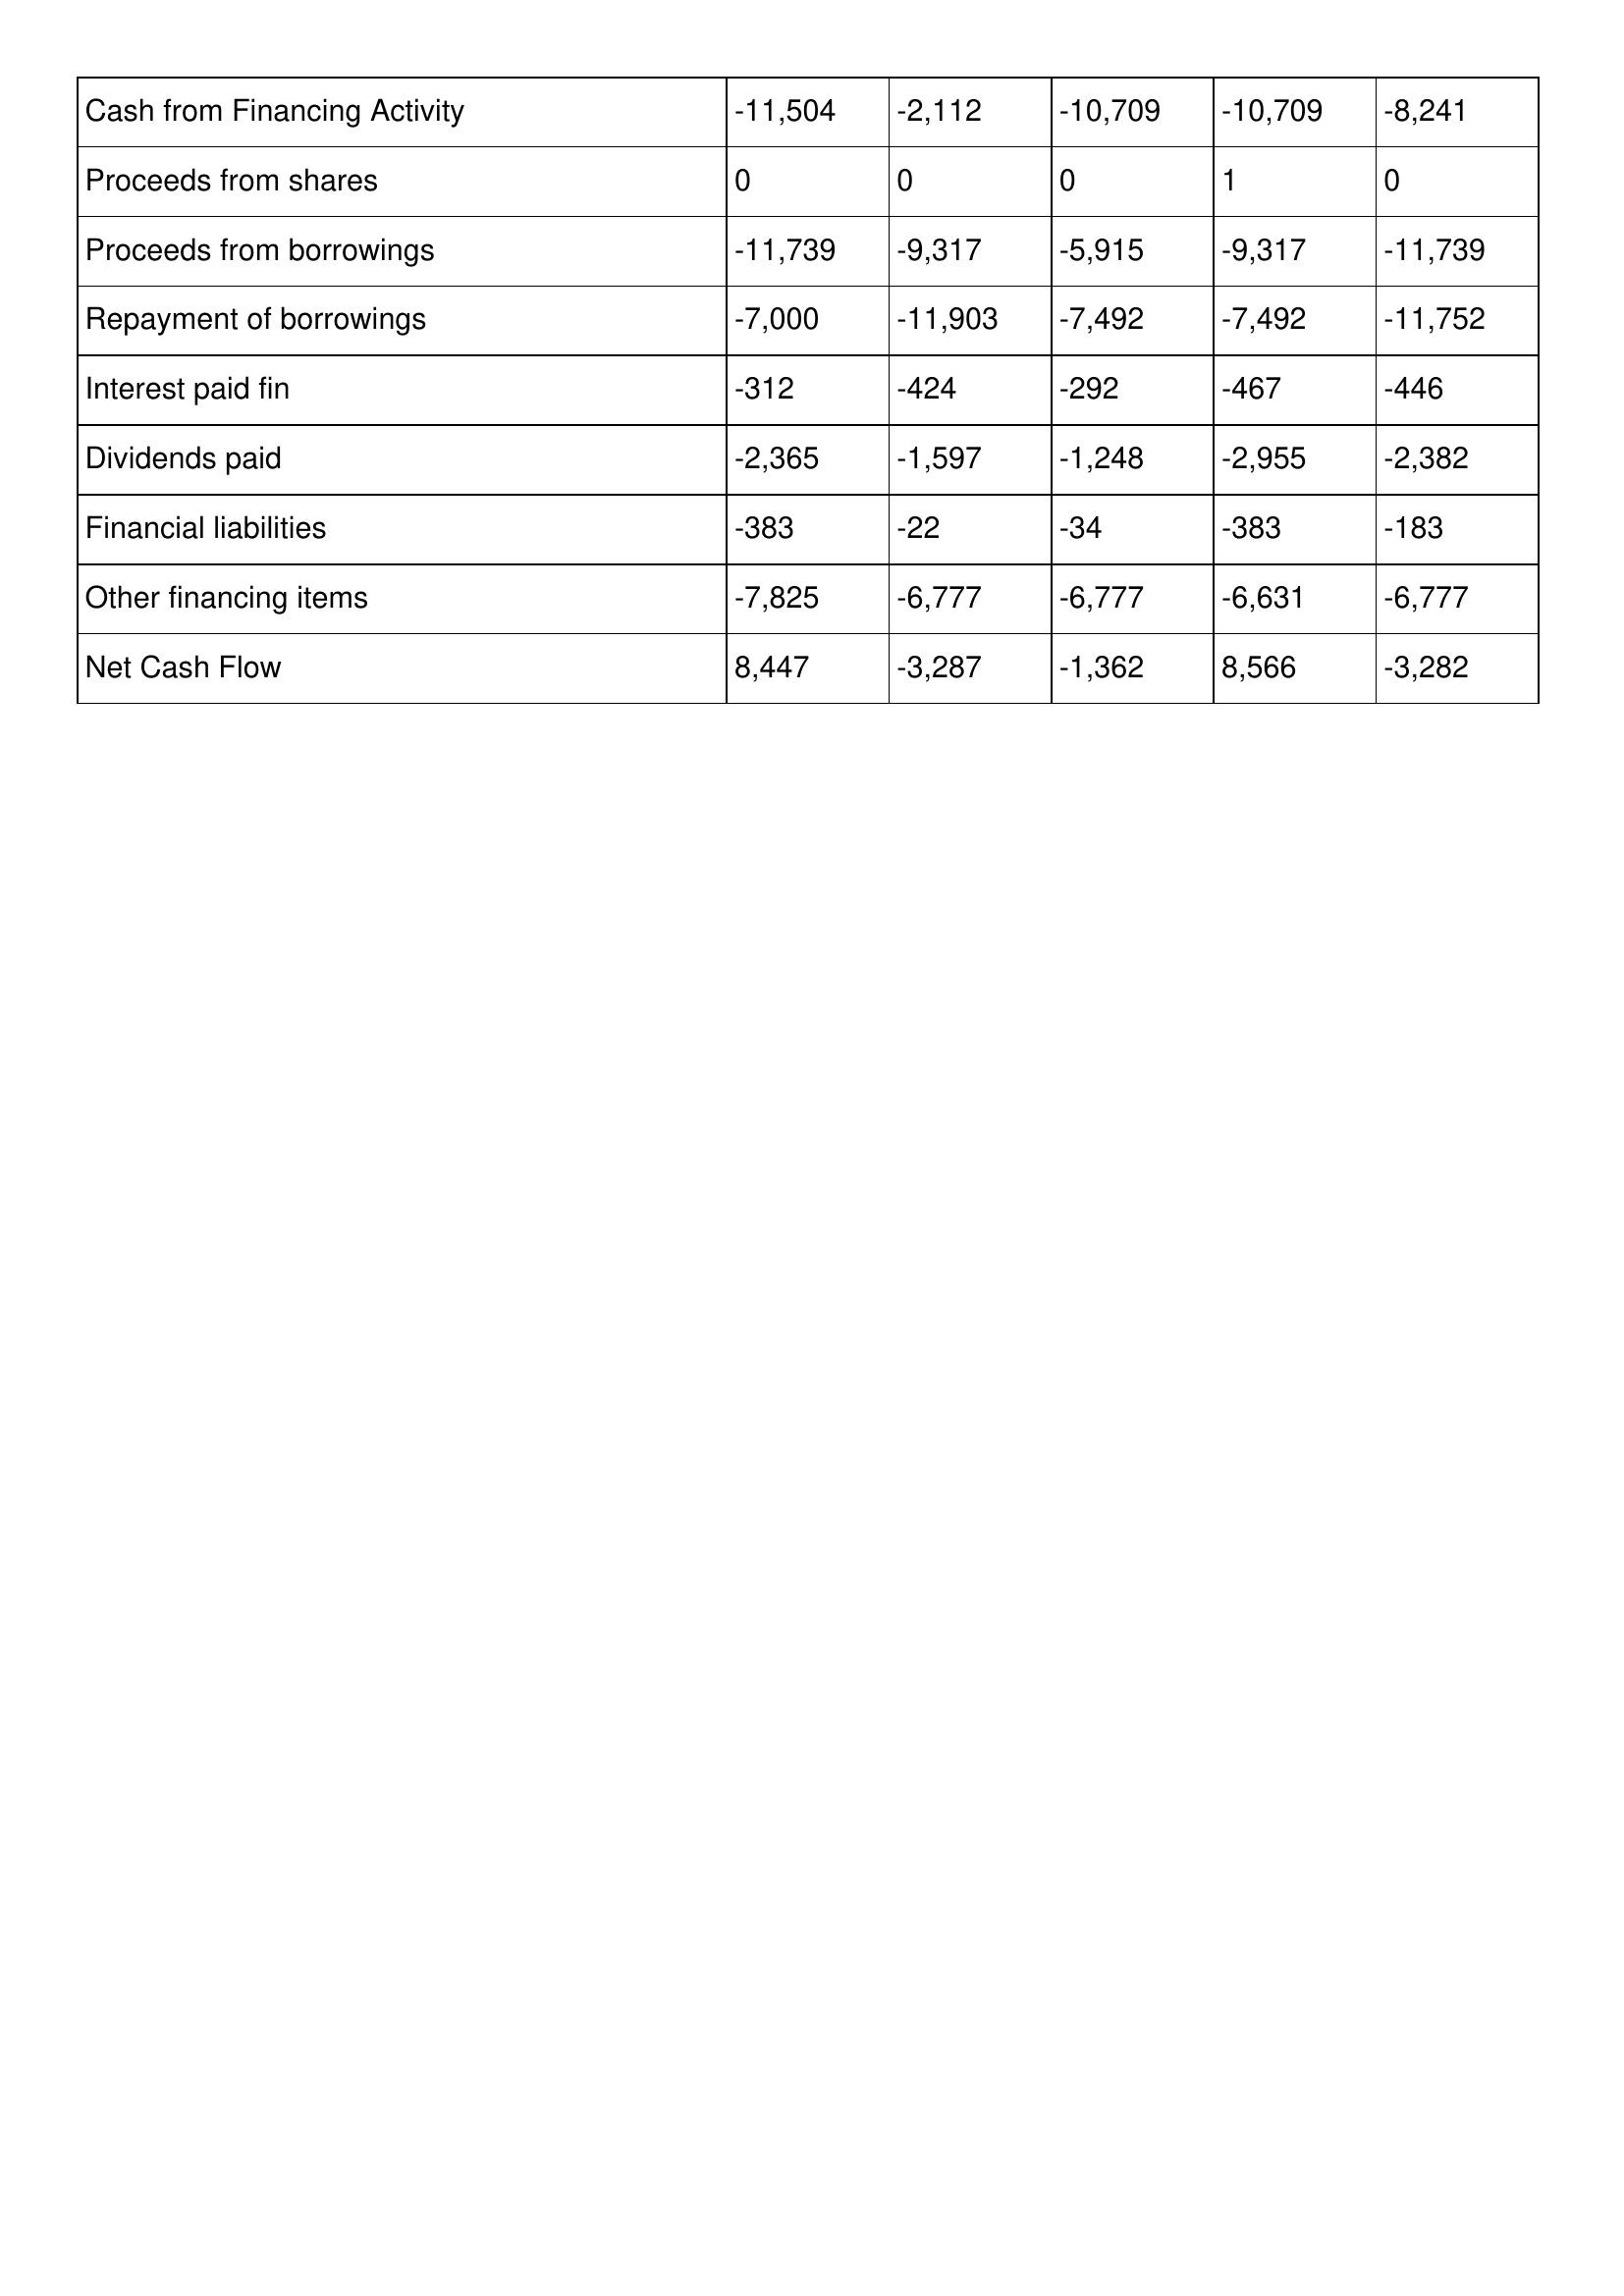
gt_parse: 1995: Cash Flows: Cash from Financing Activity: -11,504
Proceeds from shares: 0
Proceeds from borrowings: -11,739
Repayment of borrowings: -7,000
Interest paid fin: -312
Dividends paid: -2,365
Financial liabilities: -383
Other financing items: -7,825
Net Cash Flow: 8,447
1994: Cash Flows: Cash from Financing Activity: -2,112
Proceeds from shares: 0
Proceeds from borrowings: -9,317
Repayment of borrowings: -11,903
Interest paid fin: -424
Dividends paid: -1,597
Financial liabilities: -22
Other financing items: -6,777
Net Cash Flow: -3,287
1993: Cash Flows: Cash from Financing Activity: -10,709
Proceeds from shares: 0
Proceeds from borrowings: -5,915
Repayment of borrowings: -7,492
Interest paid fin: -292
Dividends paid: -1,248
Financial liabilities: -34
Other financing items: -6,777
Net Cash Flow: -1,362
1992: Cash Flows: Cash from Financing Activity: -10,709
Proceeds from shares: 1
Proceeds from borrowings: -9,317
Repayment of borrowings: -7,492
Interest paid fin: -467
Dividends paid: -2,955
Financial liabilities: -383
Other financing items: -6,631
Net Cash Flow: 8,566
1991: Cash Flows: Cash from Financing Activity: -8,241
Proceeds from shares: 0
Proceeds from borrowings: -11,739
Repayment of borrowings: -11,752
Interest paid fin: -446
Dividends paid: -2,382
Financial liabilities: -183
Other financing items: -6,777
Net Cash Flow: -3,282